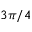
3 \pi / 4